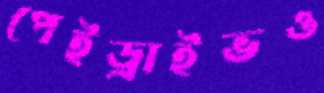
পেইড্রাইভও